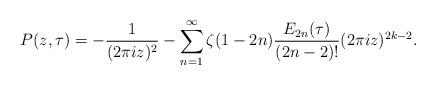
LaTeX: \begin{align*}P(z,\tau) = -\frac{1}{(2\pi i z)^2} - \sum_{n =1}^\infty \zeta(1-2n) \frac{E_{2n}(\tau)}{(2n-2)!}(2\pi i z)^{2k-2}.\end{align*}